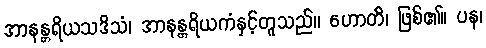
အာနန္တရိယသဒိသံ၊ အာနန္တရိယကံနှင့်တူသည်။ ဟောတိ၊ ဖြစ်၏။ ပန၊